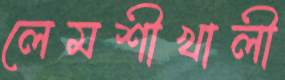
লেমশীখালী